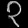
Digit: ၃